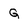
Character: G